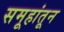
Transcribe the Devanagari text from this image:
समूहांतून